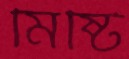
মিষ্টি